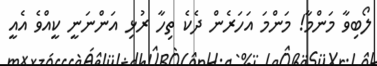
ލޯބިވާ މަންމާ! މަންމަ އަހަރެން ދެކެ ތިހާ ރުޅި އަންނަނީ ކީއްވެ އެއީ